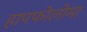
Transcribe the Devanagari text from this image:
हापफोलोमा